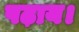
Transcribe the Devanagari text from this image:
पढ़ाय।